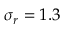
\sigma _ { r } = 1 . 3 \